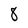
Character: 8